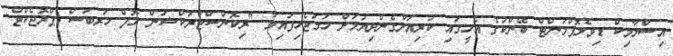
އިސްލާމިކް ޑިވެލޮޕްމަންޓް ބޭންކުގެ އެހީގައި ކުރިއަށްގެންދިޔުމަށް ހަމަޖެހިފައިވާ "ރިކޮންސްޓްރަކްޝަން އޮފް ހަރބަސް ޕްރޮޖެކްޓް